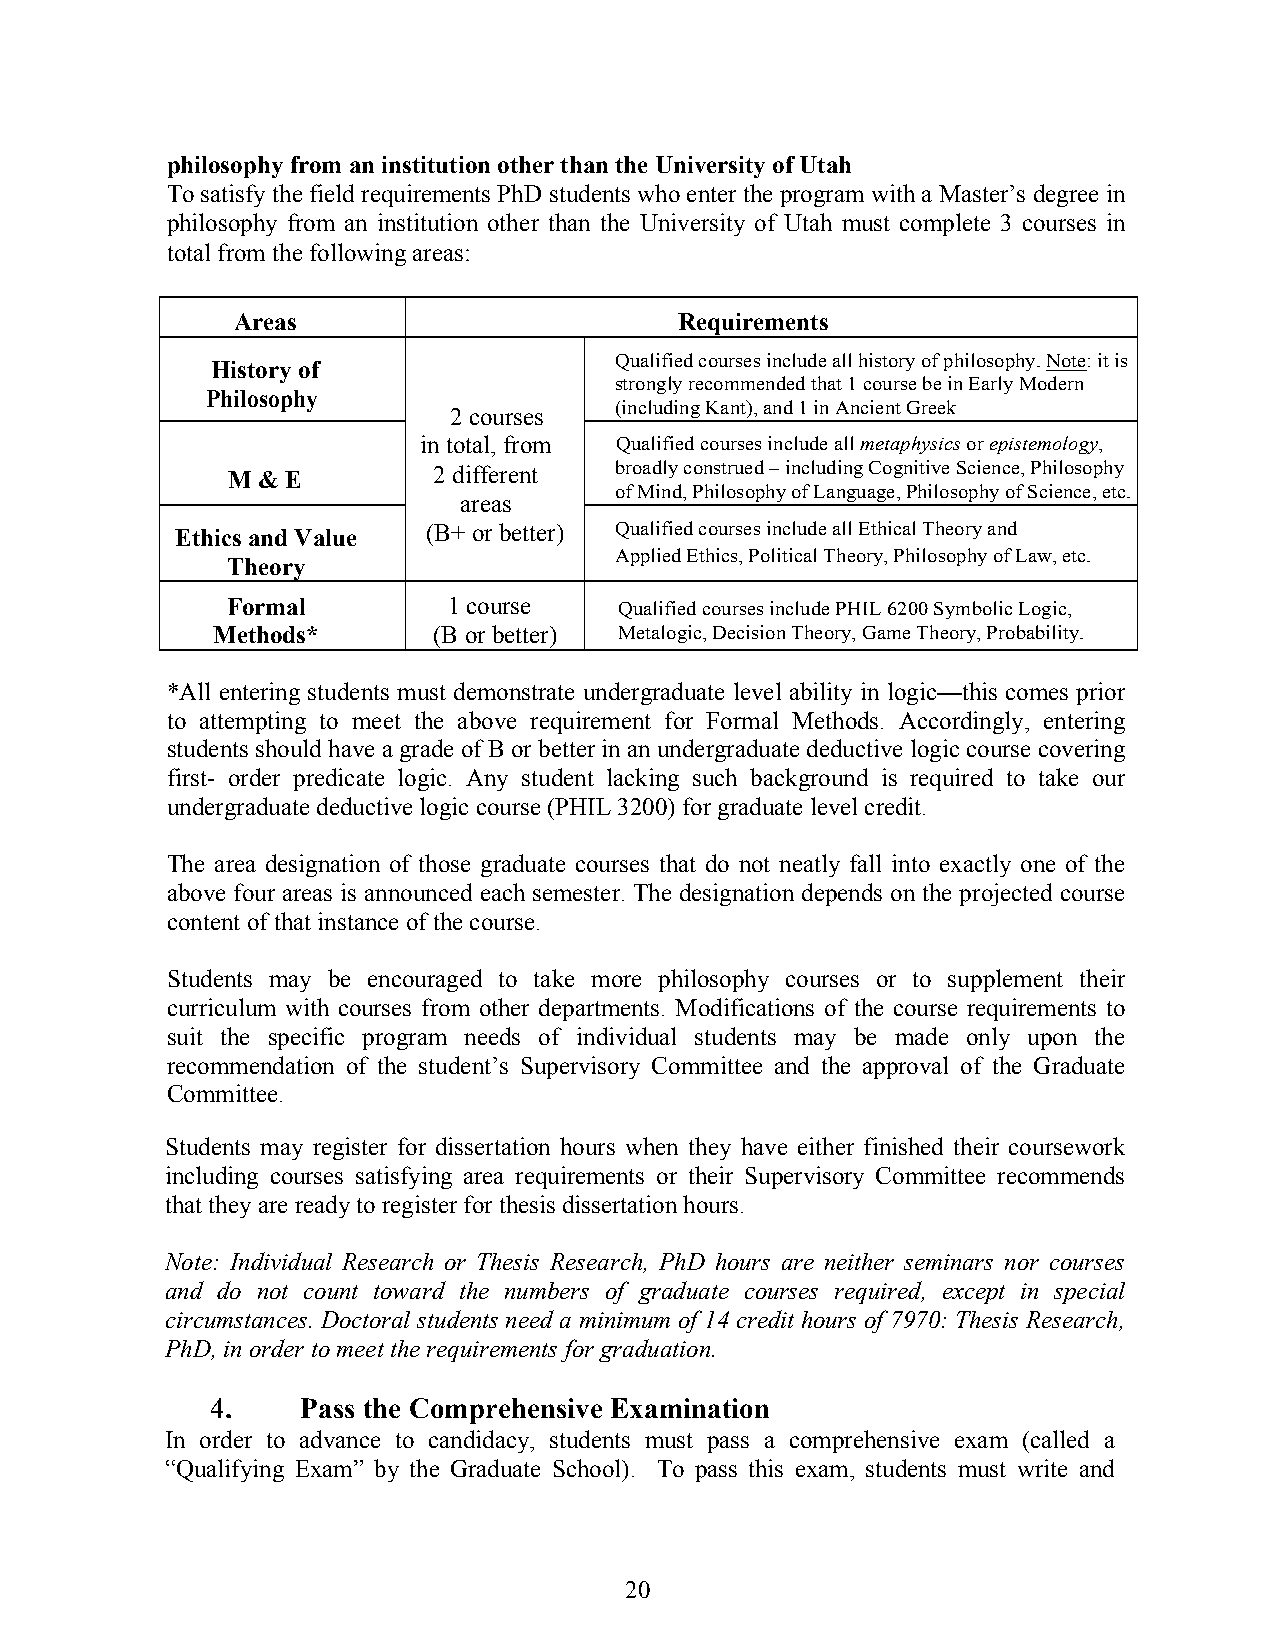
philosophy from an institution other than the University of Utah
 To satisfy the field requirements PhD students who enter the program with a Master’s degree in
 philosophy from an institution other than the University of Utah must complete 3 courses in
 total from the following areas:
 Areas                         Requirements
 Qualified courses include all history of philosophy. Note: it is
 History of
 strongly recommended that 1 course be in Early Modern
 Philosophy
 2 courses  (including Kant), and 1 in Ancient Greek
 in total, from Qualified courses include all metaphysics or epistemology,
 M & E         2 different broadly construed – including Cognitive Science, Philosophy
 of Mind, Philosophy of Language, Philosophy of Science, etc.
 areas
 Ethics and Value (B+ or better) Qualified courses include all Ethical Theory and
 Applied Ethics, Political Theory, Philosophy of Law, etc.
 Theory
 Formal         1 course   Qualified courses include PHIL 6200 Symbolic Logic,
 Methods*       (B or better) Metalogic, Decision Theory, Game Theory, Probability.
 *All entering students must demonstrate undergraduate level ability in logic—this comes prior
 to attempting to meet the above requirement for Formal Methods. Accordingly, entering
 students should have a grade of B or better in an undergraduate deductive logic course covering
 first- order predicate logic. Any student lacking such background is required to take our
 undergraduate deductive logic course (PHIL 3200) for graduate level credit.
 The area designation of those graduate courses that do not neatly fall into exactly one of the
 above four areas is announced each semester. The designation depends on the projected course
 content of that instance of the course.
 Students may be encouraged to take more philosophy courses or to supplement their
 curriculum with courses from other departments. Modifications of the course requirements to
 suit the specific program needs of individual students may be made only upon the
 recommendation of the student’s Supervisory Committee and the approval of the Graduate
 Committee.
 Students may register for dissertation hours when they have either finished their coursework
 including courses satisfying area requirements or their Supervisory Committee recommends
 that they are ready to register for thesis dissertation hours.
 Note: Individual Research or Thesis Research, PhD hours are neither seminars nor courses
 and do not count toward the numbers of graduate courses required, except in special
 circumstances. Doctoral students need a minimum of 14 credit hours of 7970: Thesis Research,
 PhD, in order to meet the requirements for graduation.
 4.    Pass the Comprehensive Examination
 In order to advance to candidacy, students must pass a comprehensive exam (called a
 “Qualifying Exam” by the Graduate School). To pass this exam, students must write and
 20